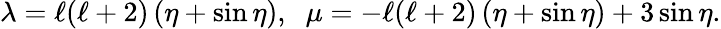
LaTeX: \lambda=\ell(\ell+2)\left(\eta+\sin\eta\right),\; \; \mu=-\ell(\ell+2)\left(\eta+\sin\eta\right)+3\sin\eta.